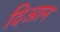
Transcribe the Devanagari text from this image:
दिआन